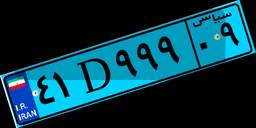
۴۱D۹۹۹۰۹